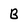
Character: B